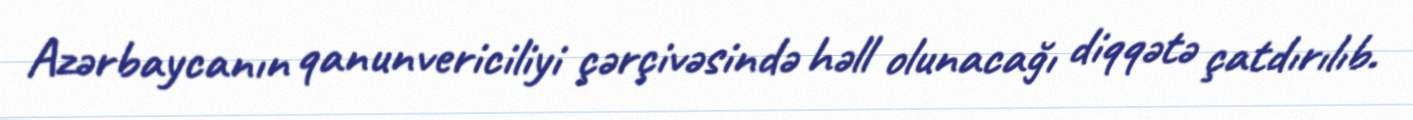
Azərbaycanın qanunvericiliyi çərçivəsində həll olunacağı diqqətə çatdırılıb.